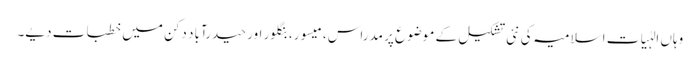
وہاں الہٰیات اسلامیہ کی نئی تشکیل کے موضوع پر مدراس، میسور، بنگلور اور حیدرآباد دکن میں خطبات دیے۔